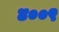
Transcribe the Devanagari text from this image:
४००९